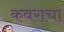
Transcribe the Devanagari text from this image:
कवराचा